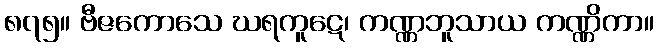
၈၇၅။ ဗီဇကောသေ ဃရကူဋေ၊ ကဏ္ဏဘူသာယ ကဏ္ဏိကာ။